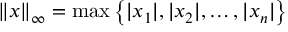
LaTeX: \left\| x \right\| _ { \infty } = \operatorname* { m a x } \left\{ | x _ { 1 } | , | x _ { 2 } | , \dotsc , | x _ { n } | \right\}